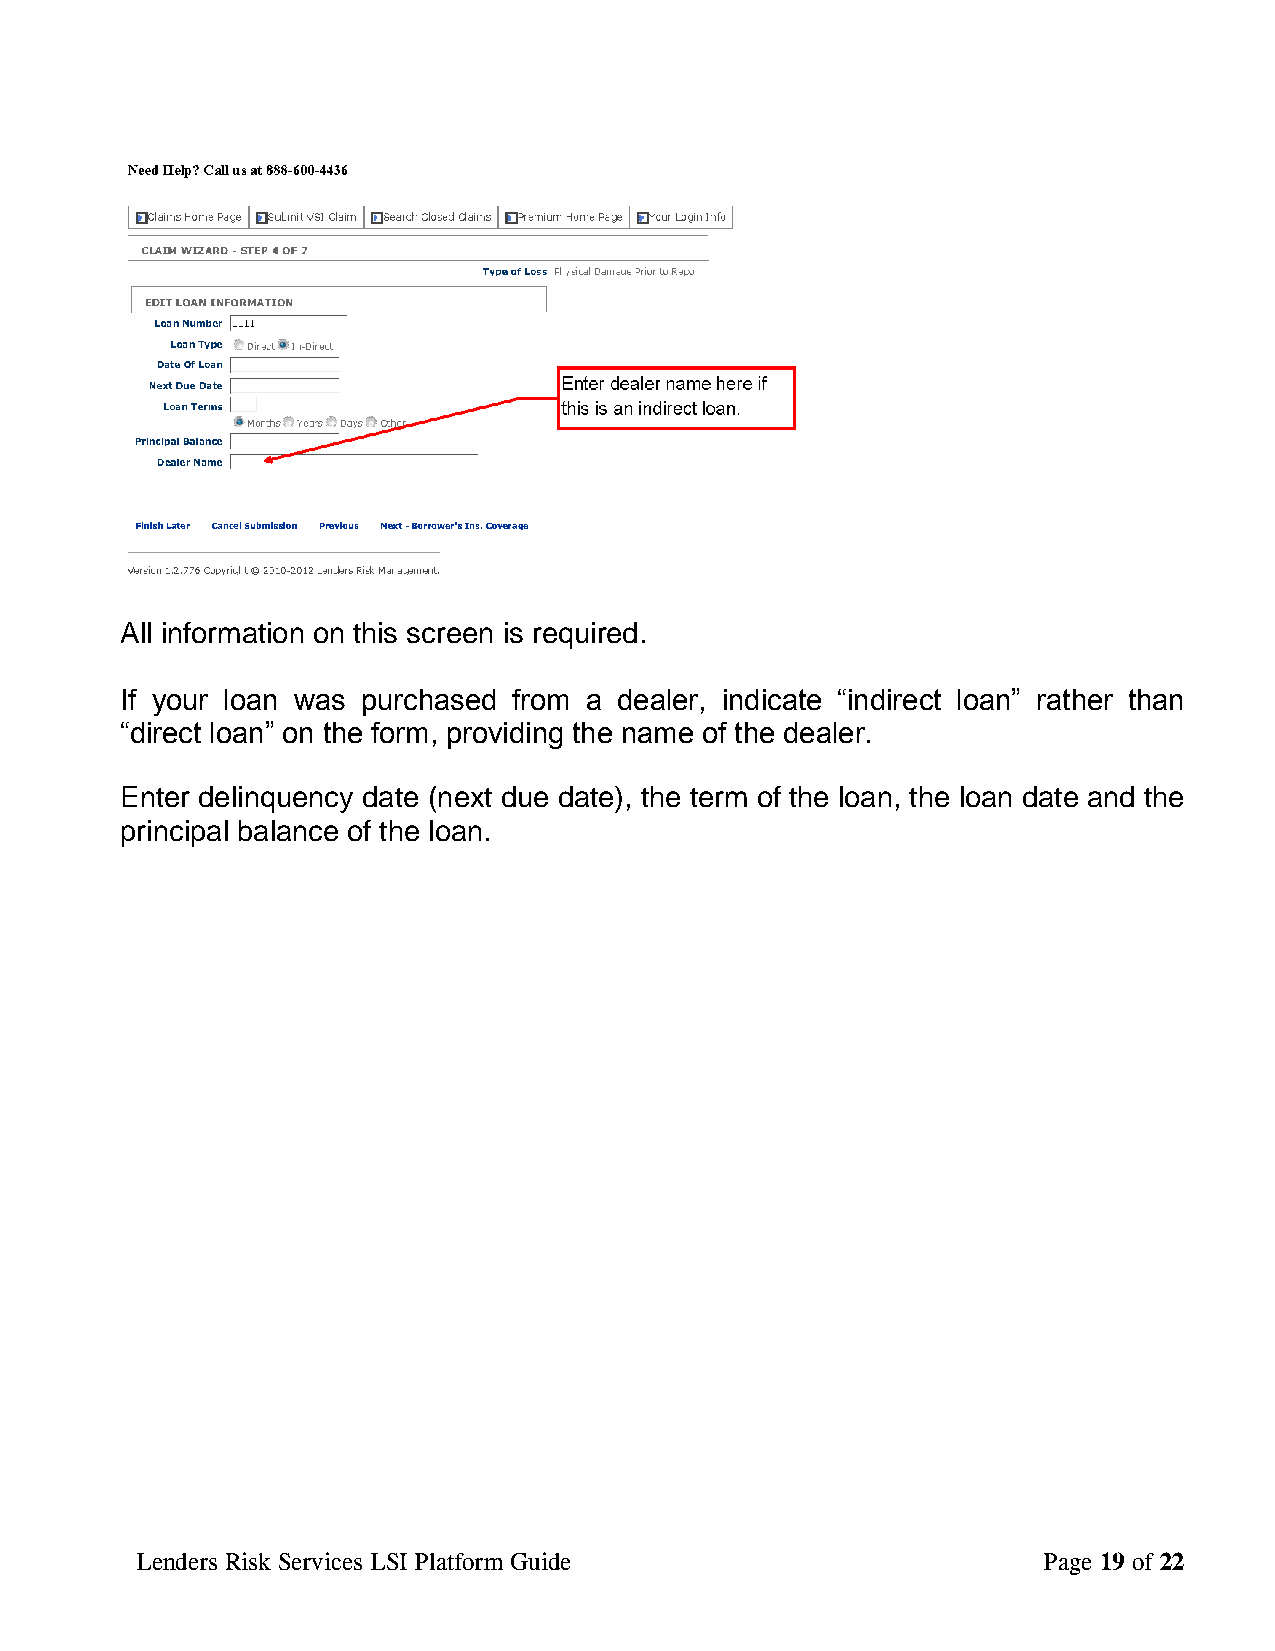
All information on this screen is required.
 If your loan was purchased from a dealer, indicate “indirect loan” rather than
 “direct loan” on the form, providing the name of the dealer.
 Enter delinquency date (next due date), the term of the loan, the loan date and the
 principal balance of the loan.
 Lenders Risk Services LSI Platform Guide                    Page 19 of 22